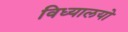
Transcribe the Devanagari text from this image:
विध्यालयो